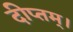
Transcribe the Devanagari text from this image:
दीप्तम्।